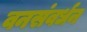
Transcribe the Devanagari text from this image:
वनसंवर्धन